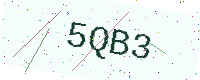
Text: 5QB3